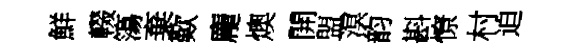
鮮輟簜棄歎龐燠開盟溟韵斟憭村迫